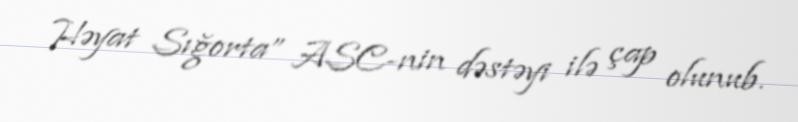
Həyat Sığorta” ASC-nin dəstəyi ilə çap olunub.